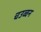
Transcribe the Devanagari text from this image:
चउव्वन